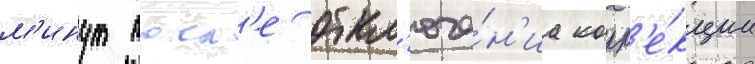
м'инут посл'е откл'юче́н'иа корр'е́кции